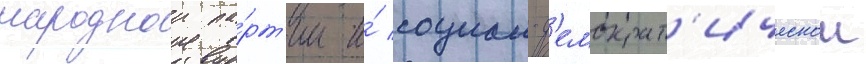
народнои па́рт'ии и́ социал-д'емократ'ическои